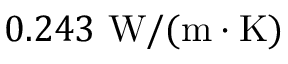
0 . 2 4 3 \mathrm { ~ W } / ( \mathrm { m } \cdot \mathrm { K } )